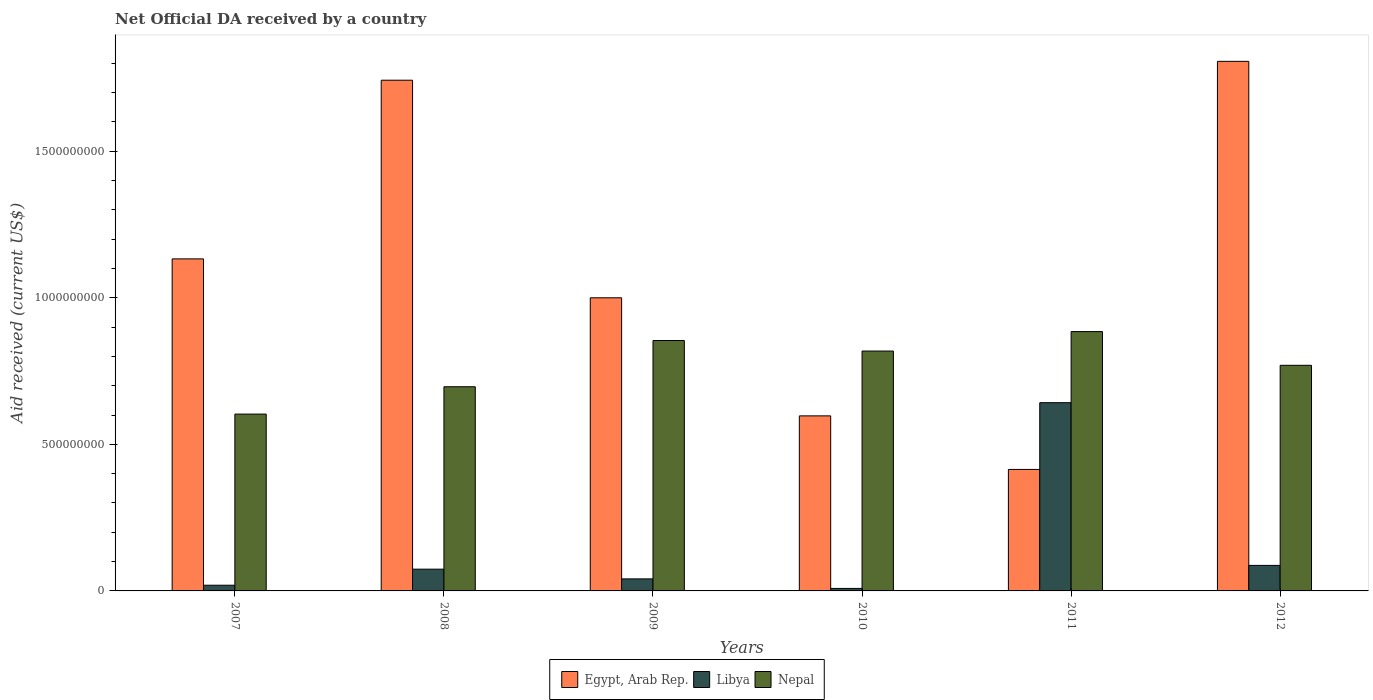
| Years | Egypt, Arab Rep. | Libya | Nepal |
 | --- | --- | --- | --- |
 | 2007 | 1.13e+09 | 1.94e+07 | 6.03e+08 |
 | 2008 | 1.74e+09 | 7.42e+07 | 6.97e+08 |
 | 2009 | 1e+09 | 4.11e+07 | 8.54e+08 |
 | 2010 | 5.97e+08 | 8.54e+06 | 8.18e+08 |
 | 2011 | 4.14e+08 | 6.42e+08 | 8.85e+08 |
 | 2012 | 1.81e+09 | 8.71e+07 | 7.7e+08 |